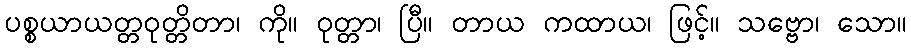
ပစ္စယာယတ္တဝုတ္တိတာ၊ ကို။ ဝုတ္တာ၊ ပြီ။ တာယ ကထာယ၊ ဖြင့်။ သဗ္ဗော၊ သော။